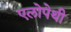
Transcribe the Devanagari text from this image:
एलोपेथी